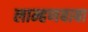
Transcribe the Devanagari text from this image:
लाम्हणबाबा